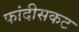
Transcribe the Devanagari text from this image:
फांदीसकट